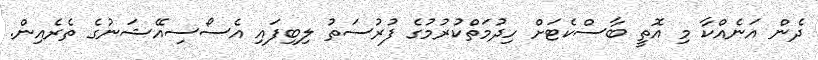
ދެން އަނެއްކާ މި އޮތީ ބާސްކެޓަށް ހިދުމަތްކުރުމުގެ ފުރުސަތު ލިބިފައި އެސޯސިއޭޝަނުގެ ތެރެއިން.